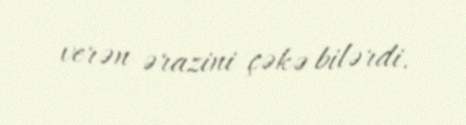
verən ərazini çəkə bilərdi.